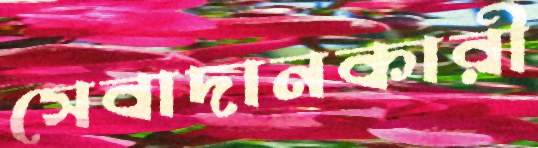
সেবাদানকারী